Punjab Mental Hospital Lahore 1922-31 - 1922-1931
Year: 1922
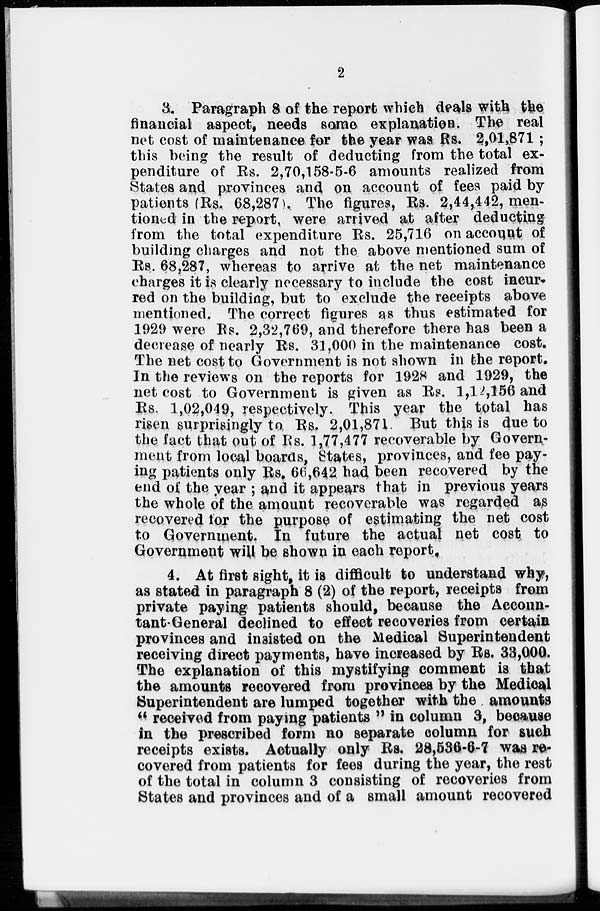
2
3. Paragraph 8 of the report which deals with the
financial aspect, needs some explanation. The real
net cost of maintenance for the year was Rs. 2,01,871;
this being the result of deducting from the total ex-
penditure of Rs. 2,70,158-5-6 amounts realized from
States and provinces and on account of fees paid by
patients (Rs. 68,287). The figures, Rs. 2,44,442, men-
tioned in the report, were arrived at after deducting
from the total expenditure Rs. 25,716 on account of
building charges and not the above mentioned sum of
Rs. 68,287, whereas to arrive at the net maintenance
charges it is clearly necessary to include the cost incur-
red on the building, but to exclude the receipts above
mentioned. The correct figures as thus estimated for
1929 were Rs. 2,32,769, and therefore there has been a
decrease of nearly Rs. 31,000 in the maintenance cost.
The net cost to Government is not shown in the report.
In the reviews on the reports for 1928 and 1929, the
net cost to Government is given as Rs. 1,12,156 and
Rs. 1,02,049, respectively. This year the total has
risen surprisingly to Rs. 2,01,871. But this is due to
the fact that out of Rs. 1,77,477 recoverable by Govern-
ment from local boards, States, provinces, and fee pay-
ing patients only Rs. 66,642 had been recovered by the
end of the year ; and it appears that in previous years
the whole of the amount recoverable was regarded as
recovered for the purpose of estimating the net cost
to Government. In future the actual net cost to
Government will be shown in each report.
4. At first sight, it is difficult to understand why,
as stated in paragraph 8 (2) of the report, receipts from
private paying patients should, because the Accoun-
tant-General declined to effect recoveries from certain
provinces and insisted on the Medical Superintendent
receiving direct payments, have increased by Rs. 33,000.
The explanation of this mystifying comment is that
the amounts recovered from provinces by the Medical
Superintendent are lumped together with the amounts
"received from paying patients " in column 3, because
in the prescribed form no separate column for such
receipts exists. Actually only Rs. 28,536-6-7 was re-
covered from patients for fees during the year, the rest
of the total in column 3 consisting of recoveries from
States and provinces and of a small amount recovered